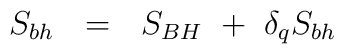
S_{bh}~~=~~S_{BH}~+~\delta_q S_{bh}